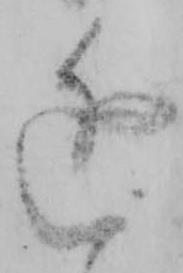
近